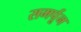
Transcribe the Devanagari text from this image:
समर्पून